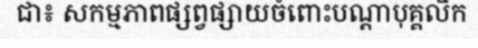
ជា៖ សកម្មភាពផ្សព្វផ្សាយចំពោះបណ្តាបុគ្គលិក